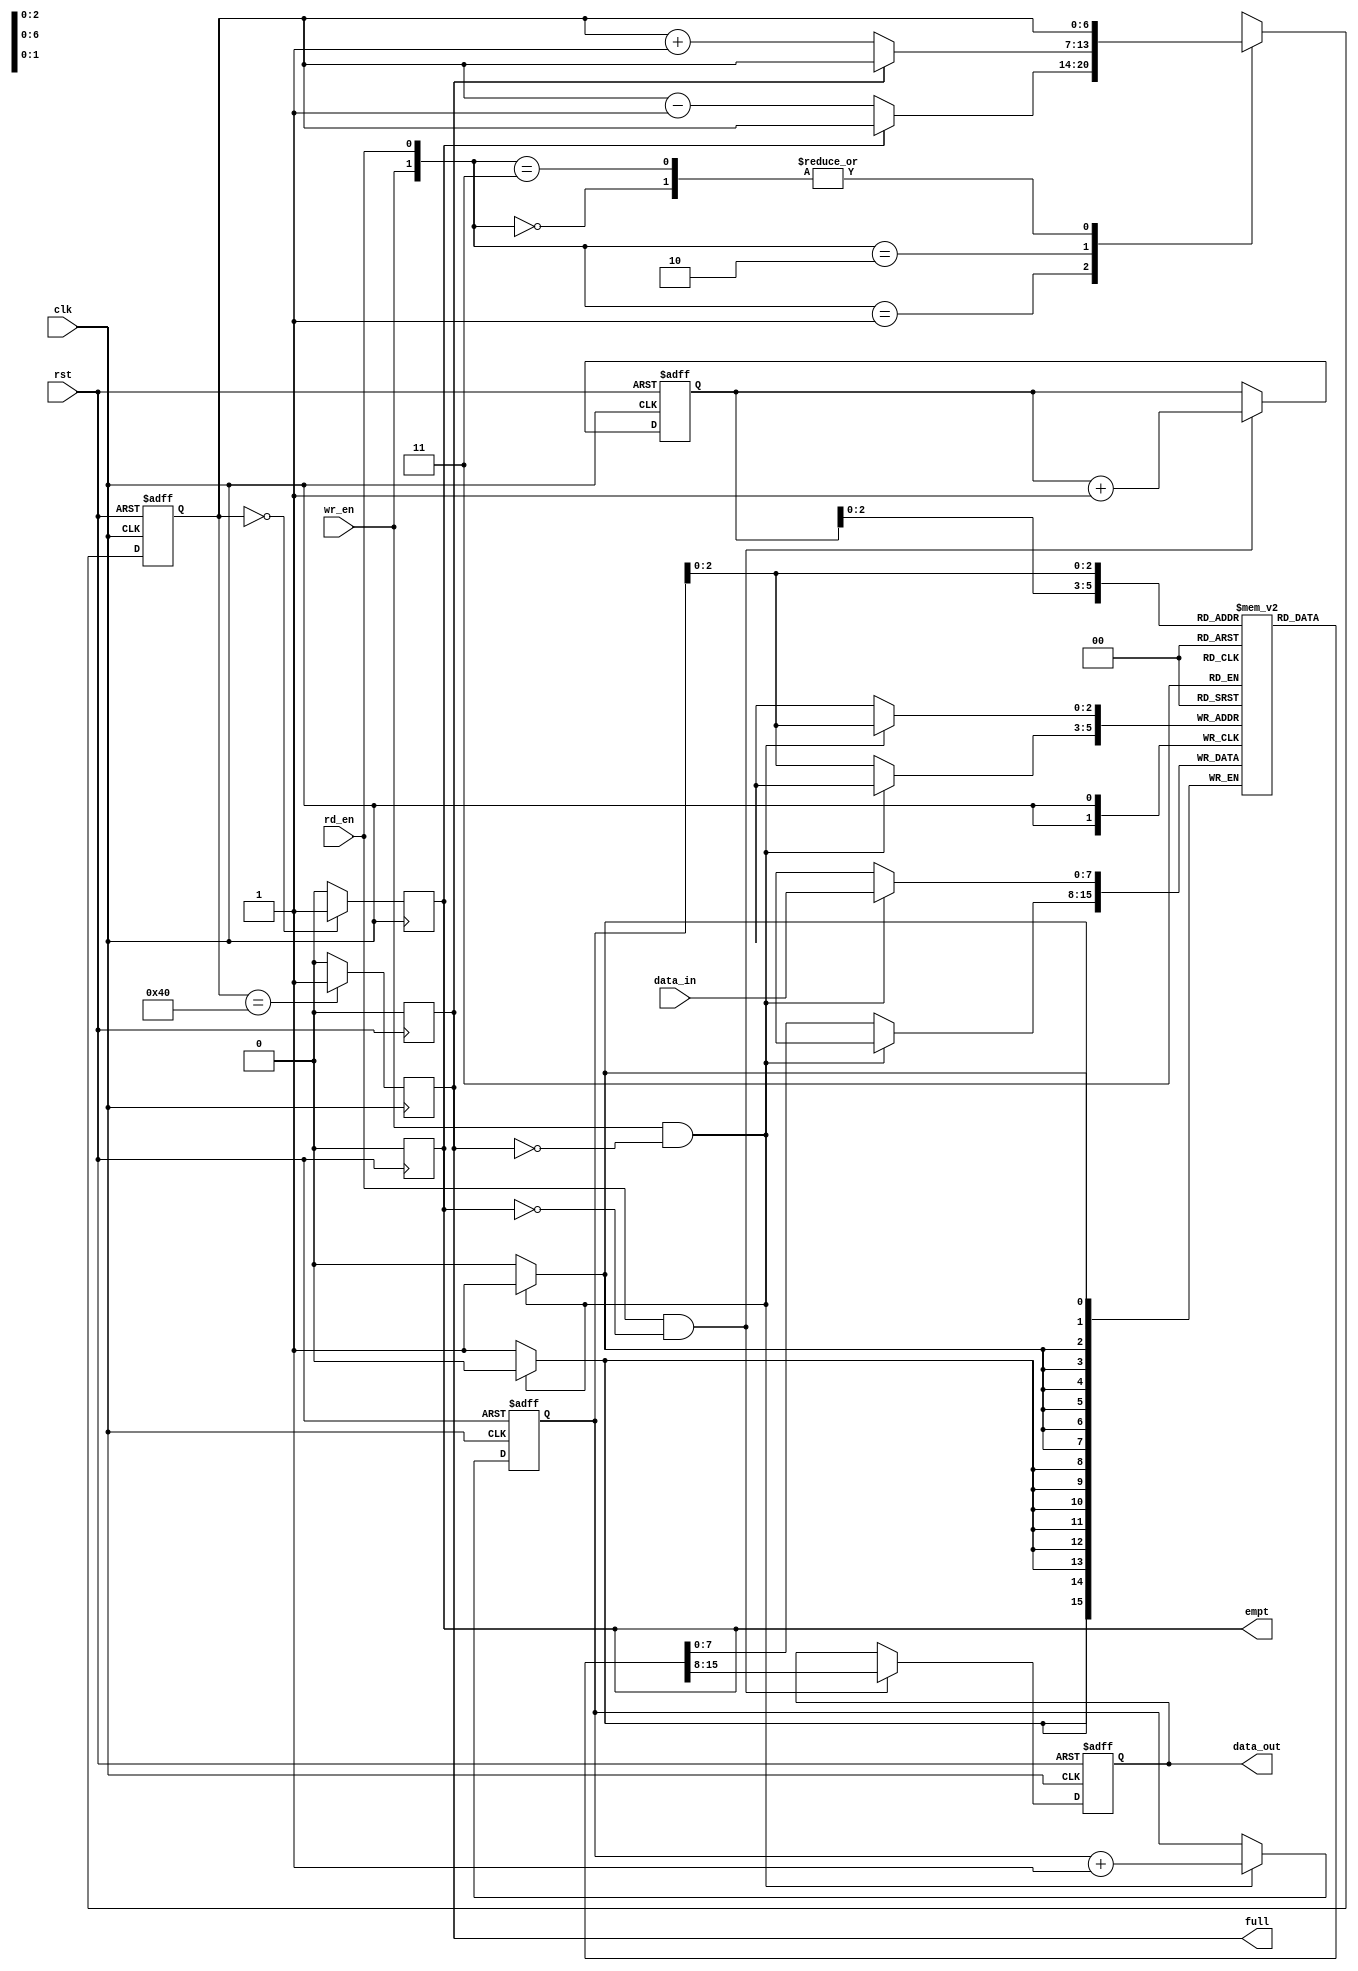
`timescale 1ns / 1ps
//////////////////////////////////////////////////////////////////////////////////
// Company: 
// Engineer: 
// 
// Design Name: 
// Module Name: fifo
// Project Name: 
// Target Devices: 
// Tool Versions: 
// Description: 
// 
// Dependencies: 
// 
// Revision:
// Revision 0.01 - File Created
// Additional Comments:
// 
//////////////////////////////////////////////////////////////////////////////////


module fifo( 
	input wr_en, rd_en, clk, rst,
	input [7:0] data_in,
	output reg empt, full,
	output reg [7:0] data_out

    );
	//parameter FIFO_DEPTH = 8'd7, COUNTER_SIZE = 3'd3;
	
	reg [6:0]wr_ptr, rd_ptr;
	reg [6:0] count;
	reg [7:0] mem [7:0];
	
	always @(posedge rst)
        begin
            empt <= 1'b0;
            full <= 1'b0;
        end
	always @(posedge clk)
	begin
		empt <= (count== 0)?1'b1:1'b0;
		full <= (count== 7'b1000000)?1'b1:1'b0;
	end
	
	always @(posedge clk, posedge rst)
	begin
		if(rst)
			count<=0;
		else
		begin
			case ({wr_en, rd_en})
				2'b00 : count <= count;
				2'b01 : count <= (!empt) ? count - 1 : count;
				2'b10 : count <= (!full) ? count + 1 : count;
				2'b11 : count <= count;
				default : count <= count;
			endcase
		end
		end
	always @ ( posedge clk, posedge rst)
	begin
		if(rst)
			data_out <= 0;
		else
		begin
			if( rd_en && !empt)
				data_out <= mem[rd_ptr];
			else
				data_out <= data_out;
		end
	end
	
	always @ ( posedge clk)
	begin
		if( wr_en && !full)
			mem[wr_ptr] <= data_in;
		else
			mem[wr_ptr] <= mem[wr_ptr] ;
	end
	
	always @ ( posedge clk, posedge rst)
	begin
		if(rst)begin
			wr_ptr <= 0;
			rd_ptr <= 0;
		end
		else
		begin
			if ( !full && wr_en)
				wr_ptr <= wr_ptr + 1;
			else
				wr_ptr <= wr_ptr;
			if (!empt && rd_en)
				rd_ptr <= rd_ptr + 1;
			else 
				rd_ptr <= rd_ptr;
		end
		end
endmodule